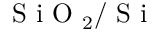
\textrm { S i O } _ { 2 } / \textrm { S i }